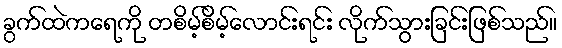
ခွက်ထဲကရေကို တစိမ့်စိမ့်လောင်းရင်း လိုက်သွားခြင်းဖြစ်သည်။